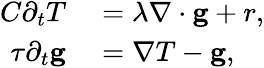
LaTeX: \begin{array}{rl}{C\partial_{t}T}&{{}=\lambda\nabla\cdot\mathbf g+r,}\\ {\tau\partial_{t}\mathbf g}&{{}=\nabla T-\mathbf g,}\end{array}